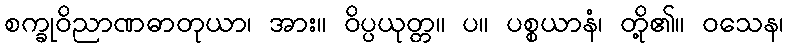
စက္ခုဝိညာဏဓာတုယာ၊ အား။ ဝိပ္ပယုတ္တ။ ပ။ ပစ္စယာနံ၊ တို့၏။ ဝသေန၊